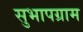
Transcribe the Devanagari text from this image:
सुभापग्राम